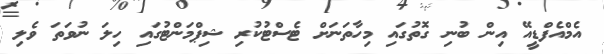
އެމްއެފްޑީއޭ އިން ބުނި ގޮތުގައި މިހާތަނަށް ޓެސްޓުކުރި ޝިޕްމަންޓުގައި ހިލަ ނުވަތަ ވެލި